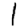
Digit: 1